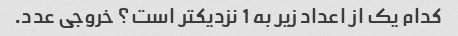
کدام یک از اعداد زیر به 1 نزدیکتر است؟ خروجی عدد.